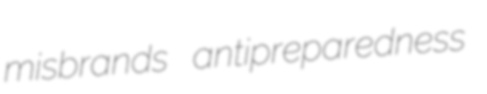
misbrands antipreparedness